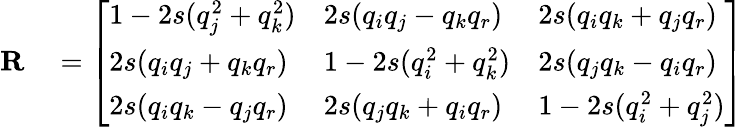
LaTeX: \begin{array}{rl}{\mathbf{R}}&{{}={\left[\begin{array}{lll}{1-2s(q_{j}^{2}+q_{k}^{2})}&{2s(q_{i}q_{j}-q_{k}q_{r})}&{2s(q_{i}q_{k}+q_{j}q_{r})}\\ {2s(q_{i}q_{j}+q_{k}q_{r})}&{1-2s(q_{i}^{2}+q_{k}^{2})}&{2s(q_{j}q_{k}-q_{i}q_{r})}\\ {2s(q_{i}q_{k}-q_{j}q_{r})}&{2s(q_{j}q_{k}+q_{i}q_{r})}&{1-2s(q_{i}^{2}+q_{j}^{2})}\end{array}\right]}}\end{array}